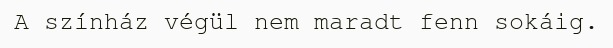
A színház végül nem maradt fenn sokáig.